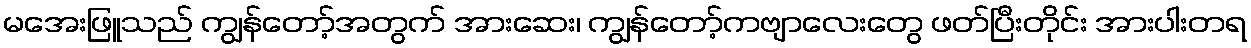
မအေးဖြူသည် ကျွန်တော့်အတွက် အားဆေး၊ ကျွန်တော့်ကဗျာလေးတွေ ဖတ်ပြီးတိုင်း အားပါးတရ